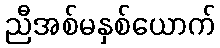
ညီအစ်မနှစ်ယောက်